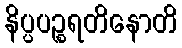
နိပ္ပပဉ္စရတိနောတိ